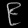
Digit: ၉